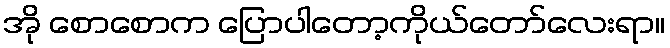
အို စောစောက ပြောပါတော့ကိုယ်တော်လေးရာ။